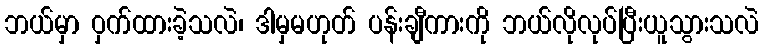
ဘယ်မှာ ဝှက်ထားခဲ့သလဲ၊ ဒါမှမဟုတ် ပန်းချီကားကို ဘယ်လိုလုပ်ပြီးယူသွားသလဲ